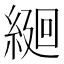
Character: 𦂆